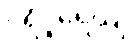
ပရိပူရေယျ